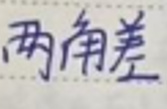
两角差